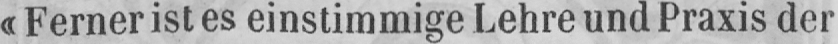
«Ferner ist es einstimmige Lehre und Praxis der